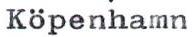
Köpenhamn